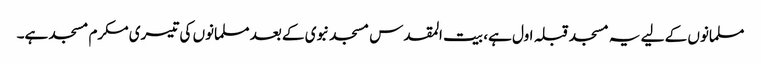
مسلمانوں کے لیے یہ مسجد قبلہ اول ہے، بیت المقدس مسجد نبوی کے بعد مسلمانوں کی تیسری مکرم مسجد ہے۔